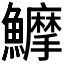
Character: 𱇇